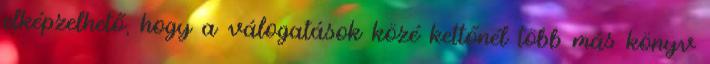
elképzelhető, hogy a válogatások közé kettőnél több más könyv